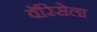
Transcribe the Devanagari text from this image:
वॅरिसेला